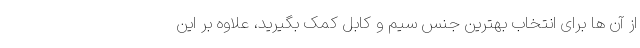
از آن ها برای انتخاب بهترین جنس سیم و کابل کمک بگیرید، علاوه بر این